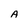
Character: A